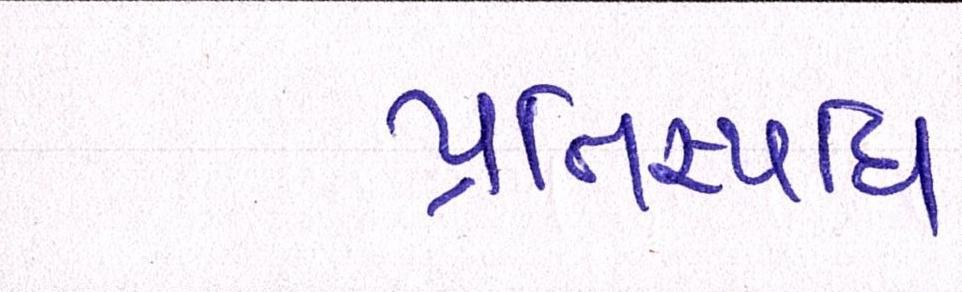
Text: પ્રતિસ્પધિ